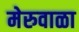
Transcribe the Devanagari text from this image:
मेरुवाळा